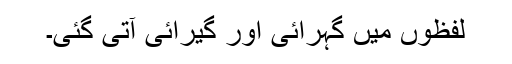
لفظوں میں گہرائی اور گیرائی آتی گئی۔